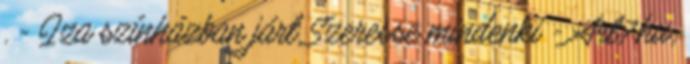
. - Iza színházban járt Szeresse mindenki - Art7.hu,